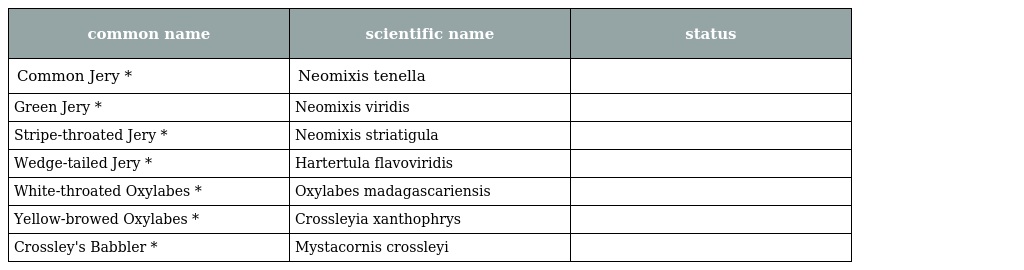
| common name | scientific name | status |
 | --- | --- | --- |
 | Common Jery * | Neomixis tenella |  |
 | Green Jery * | Neomixis viridis |  |
 | Stripe-throated Jery * | Neomixis striatigula |  |
 | Wedge-tailed Jery * | Hartertula flavoviridis |  |
 | White-throated Oxylabes * | Oxylabes madagascariensis |  |
 | Yellow-browed Oxylabes * | Crossleyia xanthophrys |  |
 | Crossley's Babbler * | Mystacornis crossleyi |  |